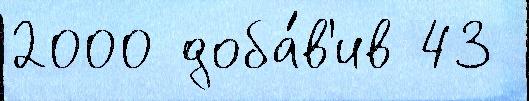
2000 доба́в'ив 43